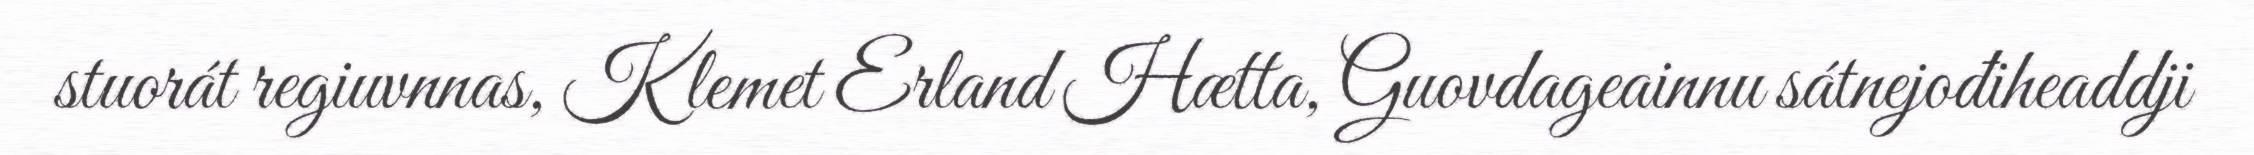
stuorát regiuvnnas, Klemet Erland Hætta, Guovdageainnu sátnejođiheaddji